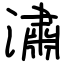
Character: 潚